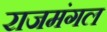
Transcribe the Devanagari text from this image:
राजमंगल